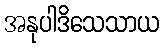
အနုပါဒိသေသာယ